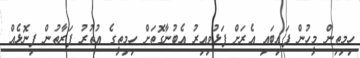
ހިމިތިން މީހުން ފައިބައި އެރަށް ފަޅުވިއިރު އެބުނާގޮތަށް ހިމިތީގެ އުތުރު ފަރާތުން ފިނޮޅެއް